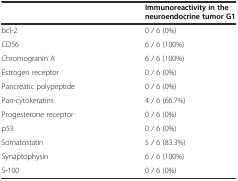
<table><thead><tr><td></td><td><b>Immunoreactivity in the neuroendocrine tumor G1</b></td></tr></thead><tbody><tr><td>bcl-2</td><td>0 / 6 (0%)</td></tr><tr><td>CD56</td><td>6 / 6 (100%)</td></tr><tr><td>Chromogranin A</td><td>6 / 6 (100%)</td></tr><tr><td>Estrogen receptor</td><td>0 / 6 (0%)</td></tr><tr><td>Pancreatic polypeptide</td><td>0 / 6 (0%)</td></tr><tr><td>Pan-cytokeratins</td><td>4 / 6 (66.7%)</td></tr><tr><td>Progesterone receptor</td><td>0 / 6 (0%)</td></tr><tr><td>p53</td><td>0 / 6 (0%)</td></tr><tr><td>Somatostatin</td><td>5 / 6 (83.3%)</td></tr><tr><td>Synaptophysin</td><td>6 / 6 (100%)</td></tr><tr><td>S-100</td><td>0 / 6 (0%)</td></tr></tbody></table>